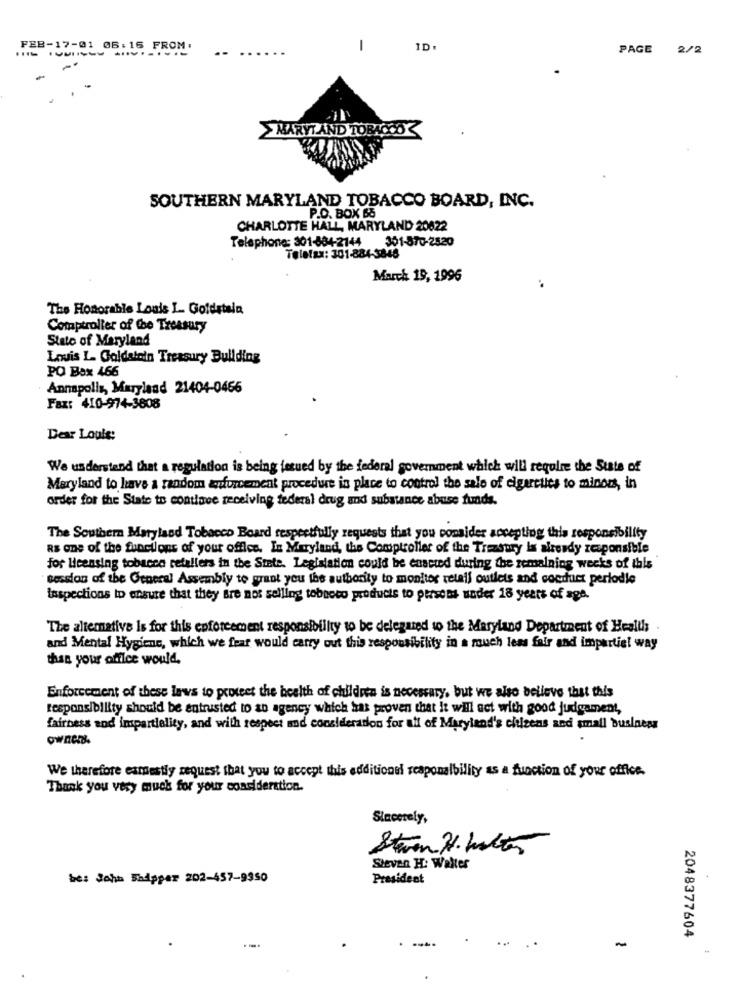
FEB-17-01 05:16 FROM:
-.........
-
ID.
PAGE 2/2
..
MARVI AND TOBACCO
SOUTHERN MARYLAND TOBACCO BOARD, INC.
P.O. BOX 65
CHARLOTTE HALL, MARYLAND 20622
Telephone: 301-884-2144 301-570-2520
Telefax: 301-884-3848
March 19, 1996
The Honorable Louis L. Goldstala
Comptroller of the Treasury
Stato of Maryland
Louis L. Goldstein Treasury Building
PO Box 466
Annapolis, Maryland 21404-0466
Fax: 410-974-3808
Dear Louis:
We understand that a regulation is being fetued by the federal government which will require the State of
Maryland to have a random enforcement procedure in place to control the sale of cigarettes to minors, in
order for the State to contlove receiving federal drug and substance abuse funds.
The Southern Maryland Tobacco Board respectfully requests that you consider accepting this responsibility
Rs one of the functions of your office. In Maryland, the Comptroller of the Treasury is already responsible
for licensing tobacco retailers in the Stete. Legislation could be enacted during the remaining weeks of this
session of the General Assembly to grant you the authority to monitor retail outlets and coerfact periodle
Inspections to ensure that they are not selling tobacco products to persons under 18 years of age.
The alternative Is for this enforcement responsibility to be delegated to the Maryland Department of Health .
and Mental Hygiene, which we fear would carry out this responsibility in a much less fair and impartist way
than your office would,
Enforcement of these laws to protect the health of children is necessary, but we also believe that this
responsibility should be entrusted to an agency which has proven that it will act with good judgamen !,
fairness and impartiality, and with respect and consideration for all of Maryland's citizens and small business
owner
We therefore esmestly request that you to accept this additionel reaponalbility as a function of your office.
Thank you very much for your consideration.
Sincerely,
Steven H. Walter
Steven H: Walter
be: John Shipper 202-457-9350
President
2048377604